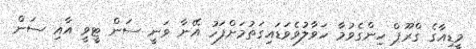
މީޑިއާގެ ގްރޫޕް ހިންގެވުމާ ހަވާލުވެވަޑައިގަތުމަށްފަހު އޭނާ ވަނީ ސަން ޓީވީ އާއި ސަން